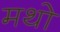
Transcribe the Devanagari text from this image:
मथो